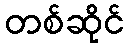
တစ်ဆိုင်